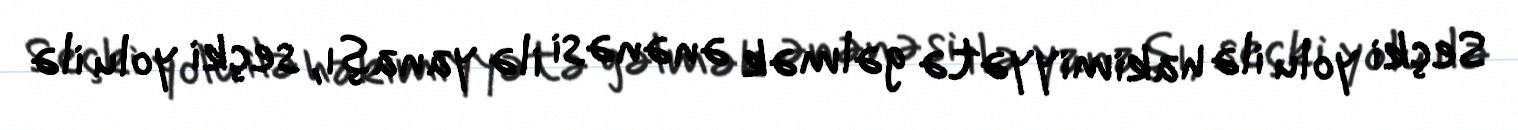
Seçki yolu ilə hakimiyyətə gəlmək ənənəsi ilə yanaşı, seçki yolu ilə